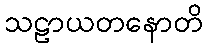
သဠာယတနောတိ